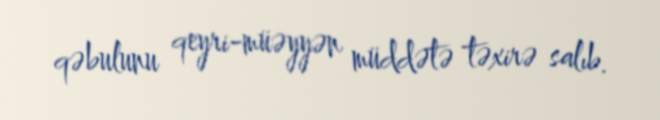
qəbulunu qeyri-müəyyən müddətə təxirə salıb.